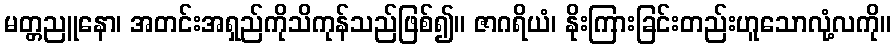
မတ္တညူနော၊ အတင်းအရှည်ကိုသိကုန်သည်ဖြစ်၍။ ဇာဂရိယံ၊ နိုးကြားခြင်းတည်းဟူသောလုံ့လကို။